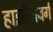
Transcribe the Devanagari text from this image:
हाइज़ॅनबर्ग